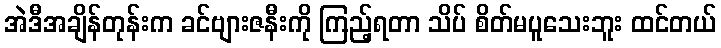
အဲဒီအချိန်တုန်းက ခင်ဗျားဇနီးကို ကြည့်ရတာ သိပ် စိတ်မပူသေးဘူး ထင်တယ်